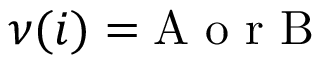
\nu ( i ) = \mathrm { A } \mathrm { ~ o ~ r ~ } \mathrm { B }